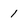
Character: 1